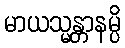
မာယသ္မန္တာနမ္ပိ